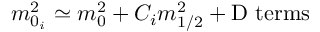
m _ { 0 _ { i } } ^ { 2 } \simeq m _ { 0 } ^ { 2 } + C _ { i } m _ { 1 / 2 } ^ { 2 } + \mathrm { D ~ t e r m s }